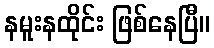
နမူးနထိုင်း ဖြစ်နေပြီ။